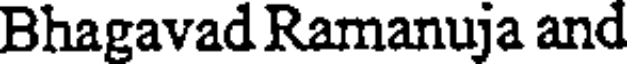
Bhagavad Ramanuja and